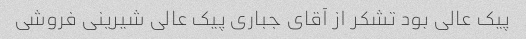
پیک عالی بود تشکر از آقای جباری پیک عالی شیرینی فروشی